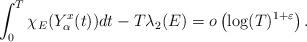
LaTeX: \begin{align*} \int_{0}^{T} \chi_{E}(Y^{x}_{\alpha}(t)) dt - T \lambda_{2}(E) = o \left( \log(T)^{1 + \varepsilon}\right).\end{align*}